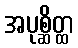
အပုစ္ဆိတ္ထ